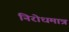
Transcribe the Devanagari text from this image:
निरोधमात्र